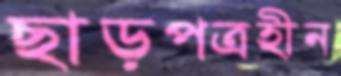
ছাড়পত্রহীন